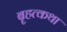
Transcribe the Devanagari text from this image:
बॄहत्कथा